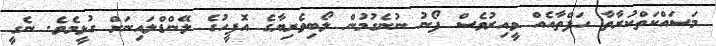
މަސައްކަތްކުރާތާ ހަފްތާއެއް ވީއިރުވެސް ފޯނު ނުނެގުމުން ލޯބިވެރިޔާގެ އޮފީހުގެ ލޭންޑްލައިނަށް ގުޅީމެވެ. ނެގީ